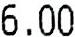
6.00